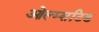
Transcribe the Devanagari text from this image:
ओल्म्सटिड